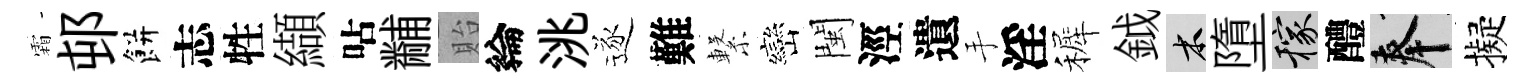
霜邨餅志牲纈呫黼貽綸洮逐難繋巒閩涇遺手淫裤鉞木墮稼醴奉擬